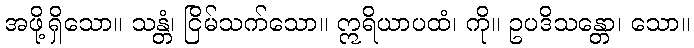
အဖို့ရှိသော။ သန္တံ၊ ငြိမ်သက်သော။ ဣရိယာပထံ၊ ကို။ ဥပဒိသန္တော၊ သော။